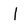
Character: l